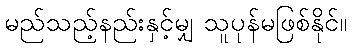
မည်သည့်နည်းနှင့်မျှ သူပုန်မဖြစ်နိုင်။